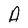
Character: A